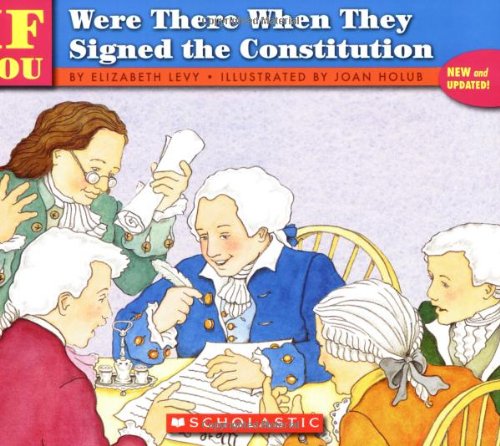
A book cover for . . . If You Were There When They Signed the Constitution; Elizabeth Levy; Children's Books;